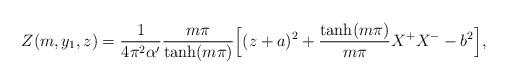
LaTeX: \begin{align*}Z(m,y_1,z) = \frac{1}{4\pi^2\alpha'}\frac{m\pi}{\tanh(m\pi)} \Bigl[ (z+ a)^2 +\frac{\tanh(m\pi)}{m\pi}X^+X^-- b^2 \Bigr],\end{align*}